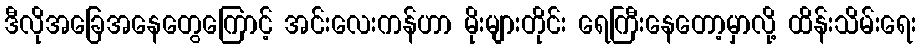
ဒီလိုအခြေအနေတွေကြောင့် အင်းလေးကန်ဟာ မိုးများတိုင်း ရေကြီးနေတော့မှာလို့ ထိန်းသိမ်းရေး